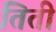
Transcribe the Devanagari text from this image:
तिती